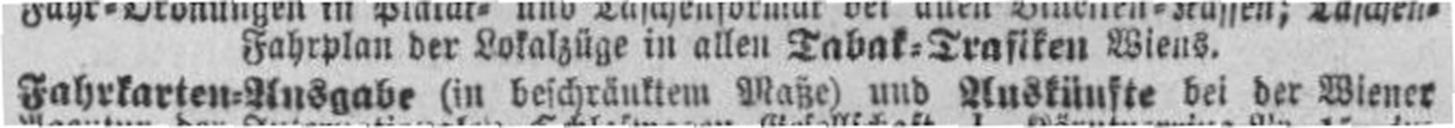
Fahrkarten=Ausgabe (in beschränktem Maße) und Auskünfte bei der Wiener